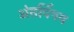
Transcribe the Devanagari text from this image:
अंतर्विषय